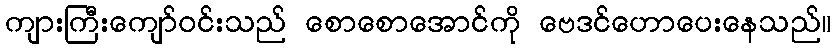
ကျားကြီးကျော်ဝင်းသည် စောစောအောင်ကို ဗေဒင်ဟောပေးနေသည်။